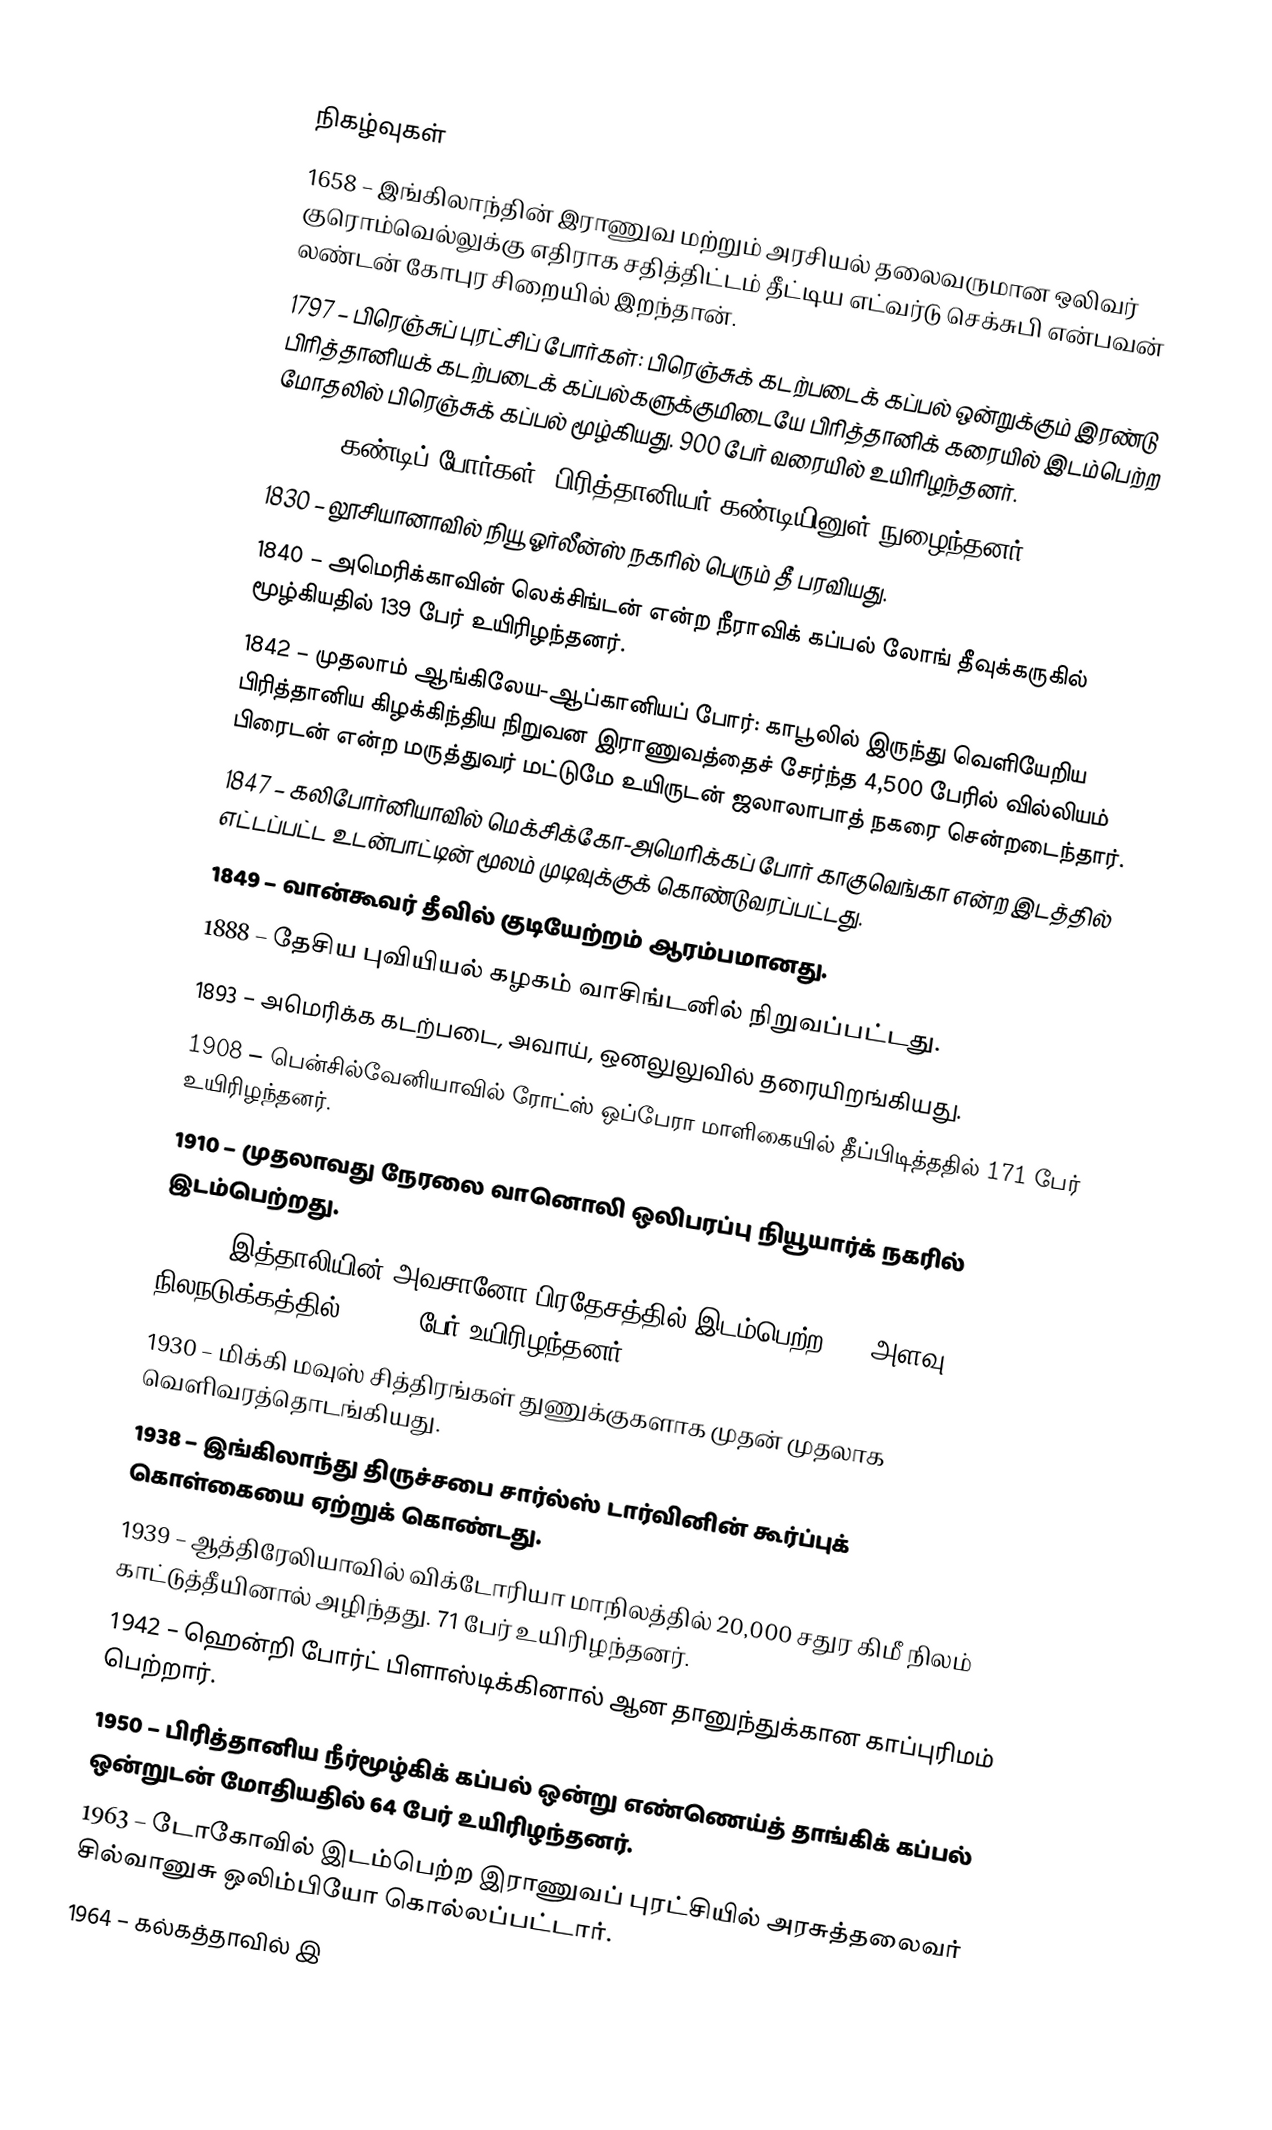

நிகழ்வுகள்
1658 – இங்கிலாந்தின் இராணுவ மற்றும் அரசியல் தலைவருமான ஒலிவர் குரொம்வெல்லுக்கு எதிராக சதித்திட்டம் தீட்டிய எட்வர்டு செக்சுபி என்பவன் லண்டன் கோபுர சிறையில் இறந்தான்.
1797 – பிரெஞ்சுப் புரட்சிப் போர்கள்: பிரெஞ்சுக் கடற்படைக் கப்பல் ஒன்றுக்கும் இரண்டு பிரித்தானியக் கடற்படைக் கப்பல்களுக்குமிடையே பிரித்தானிக் கரையில் இடம்பெற்ற மோதலில் பிரெஞ்சுக் கப்பல் மூழ்கியது. 900 பேர் வரையில் உயிரிழந்தனர்.
1815 – கண்டிப் போர்கள்: பிரித்தானியர் கண்டியினுள் நுழைந்தனர்.
1830 – லூசியானாவில் நியூ ஓர்லீன்ஸ் நகரில் பெரும் தீ பரவியது.
1840 – அமெரிக்காவின் லெக்சிங்டன் என்ற நீராவிக் கப்பல் லோங் தீவுக்கருகில் மூழ்கியதில் 139 பேர் உயிரிழந்தனர்.
1842 – முதலாம் ஆங்கிலேய-ஆப்கானியப் போர்: காபூலில் இருந்து வெளியேறிய பிரித்தானிய கிழக்கிந்திய நிறுவன இராணுவத்தைச் சேர்ந்த 4,500 பேரில் வில்லியம் பிரைடன் என்ற மருத்துவர் மட்டுமே உயிருடன் ஜலாலாபாத் நகரை சென்றடைந்தார்.
1847 – கலிபோர்னியாவில் மெக்சிக்கோ-அமெரிக்கப் போர் காகுவெங்கா என்ற இடத்தில் எட்டப்பட்ட உடன்பாட்டின் மூலம் முடிவுக்குக் கொண்டுவரப்பட்டது.
1849 – வான்கூவர் தீவில் குடியேற்றம் ஆரம்பமானது.
1888 – தேசிய புவியியல் கழகம் வாசிங்டனில் நிறுவப்பட்டது.
1893 – அமெரிக்க கடற்படை, அவாய், ஒனலுலுவில் தரையிறங்கியது.
1908 – பென்சில்வேனியாவில் ரோட்ஸ் ஒப்பேரா மாளிகையில் தீப்பிடித்ததில் 171 பேர் உயிரிழந்தனர்.
1910 – முதலாவது நேரலை வானொலி ஒலிபரப்பு நியூயார்க் நகரில் இடம்பெற்றது.
1915 – இத்தாலியின் அவசானோ பிரதேசத்தில் இடம்பெற்ற 6.7 அளவு நிலநடுக்கத்தில் 29,800 பேர் உயிரிழந்தனர்.
1930 – மிக்கி மவுஸ் சித்திரங்கள் துணுக்குகளாக முதன் முதலாக வெளிவரத்தொடங்கியது.
1938 – இங்கிலாந்து திருச்சபை சார்ல்ஸ் டார்வினின் கூர்ப்புக் கொள்கையை ஏற்றுக் கொண்டது.
1939 – ஆத்திரேலியாவில் விக்டோரியா மாநிலத்தில் 20,000 சதுர கிமீ நிலம் காட்டுத்தீயினால் அழிந்தது. 71 பேர் உயிரிழந்தனர்.
1942 – ஹென்றி போர்ட் பிளாஸ்டிக்கினால் ஆன தானுந்துக்கான காப்புரிமம் பெற்றார்.
1950 – பிரித்தானிய நீர்மூழ்கிக் கப்பல் ஒன்று எண்ணெய்த் தாங்கிக் கப்பல் ஒன்றுடன் மோதியதில் 64 பேர் உயிரிழந்தனர்.
1963 – டோகோவில் இடம்பெற்ற இராணுவப் புரட்சியில் அரசுத்தலைவர் சில்வானுசு ஒலிம்பியோ கொல்லப்பட்டார்.
1964 – கல்கத்தாவில் இ